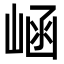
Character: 崡